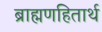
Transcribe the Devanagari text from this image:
ब्राह्मणहितार्थ